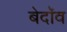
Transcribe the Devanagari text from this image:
बेदॉव